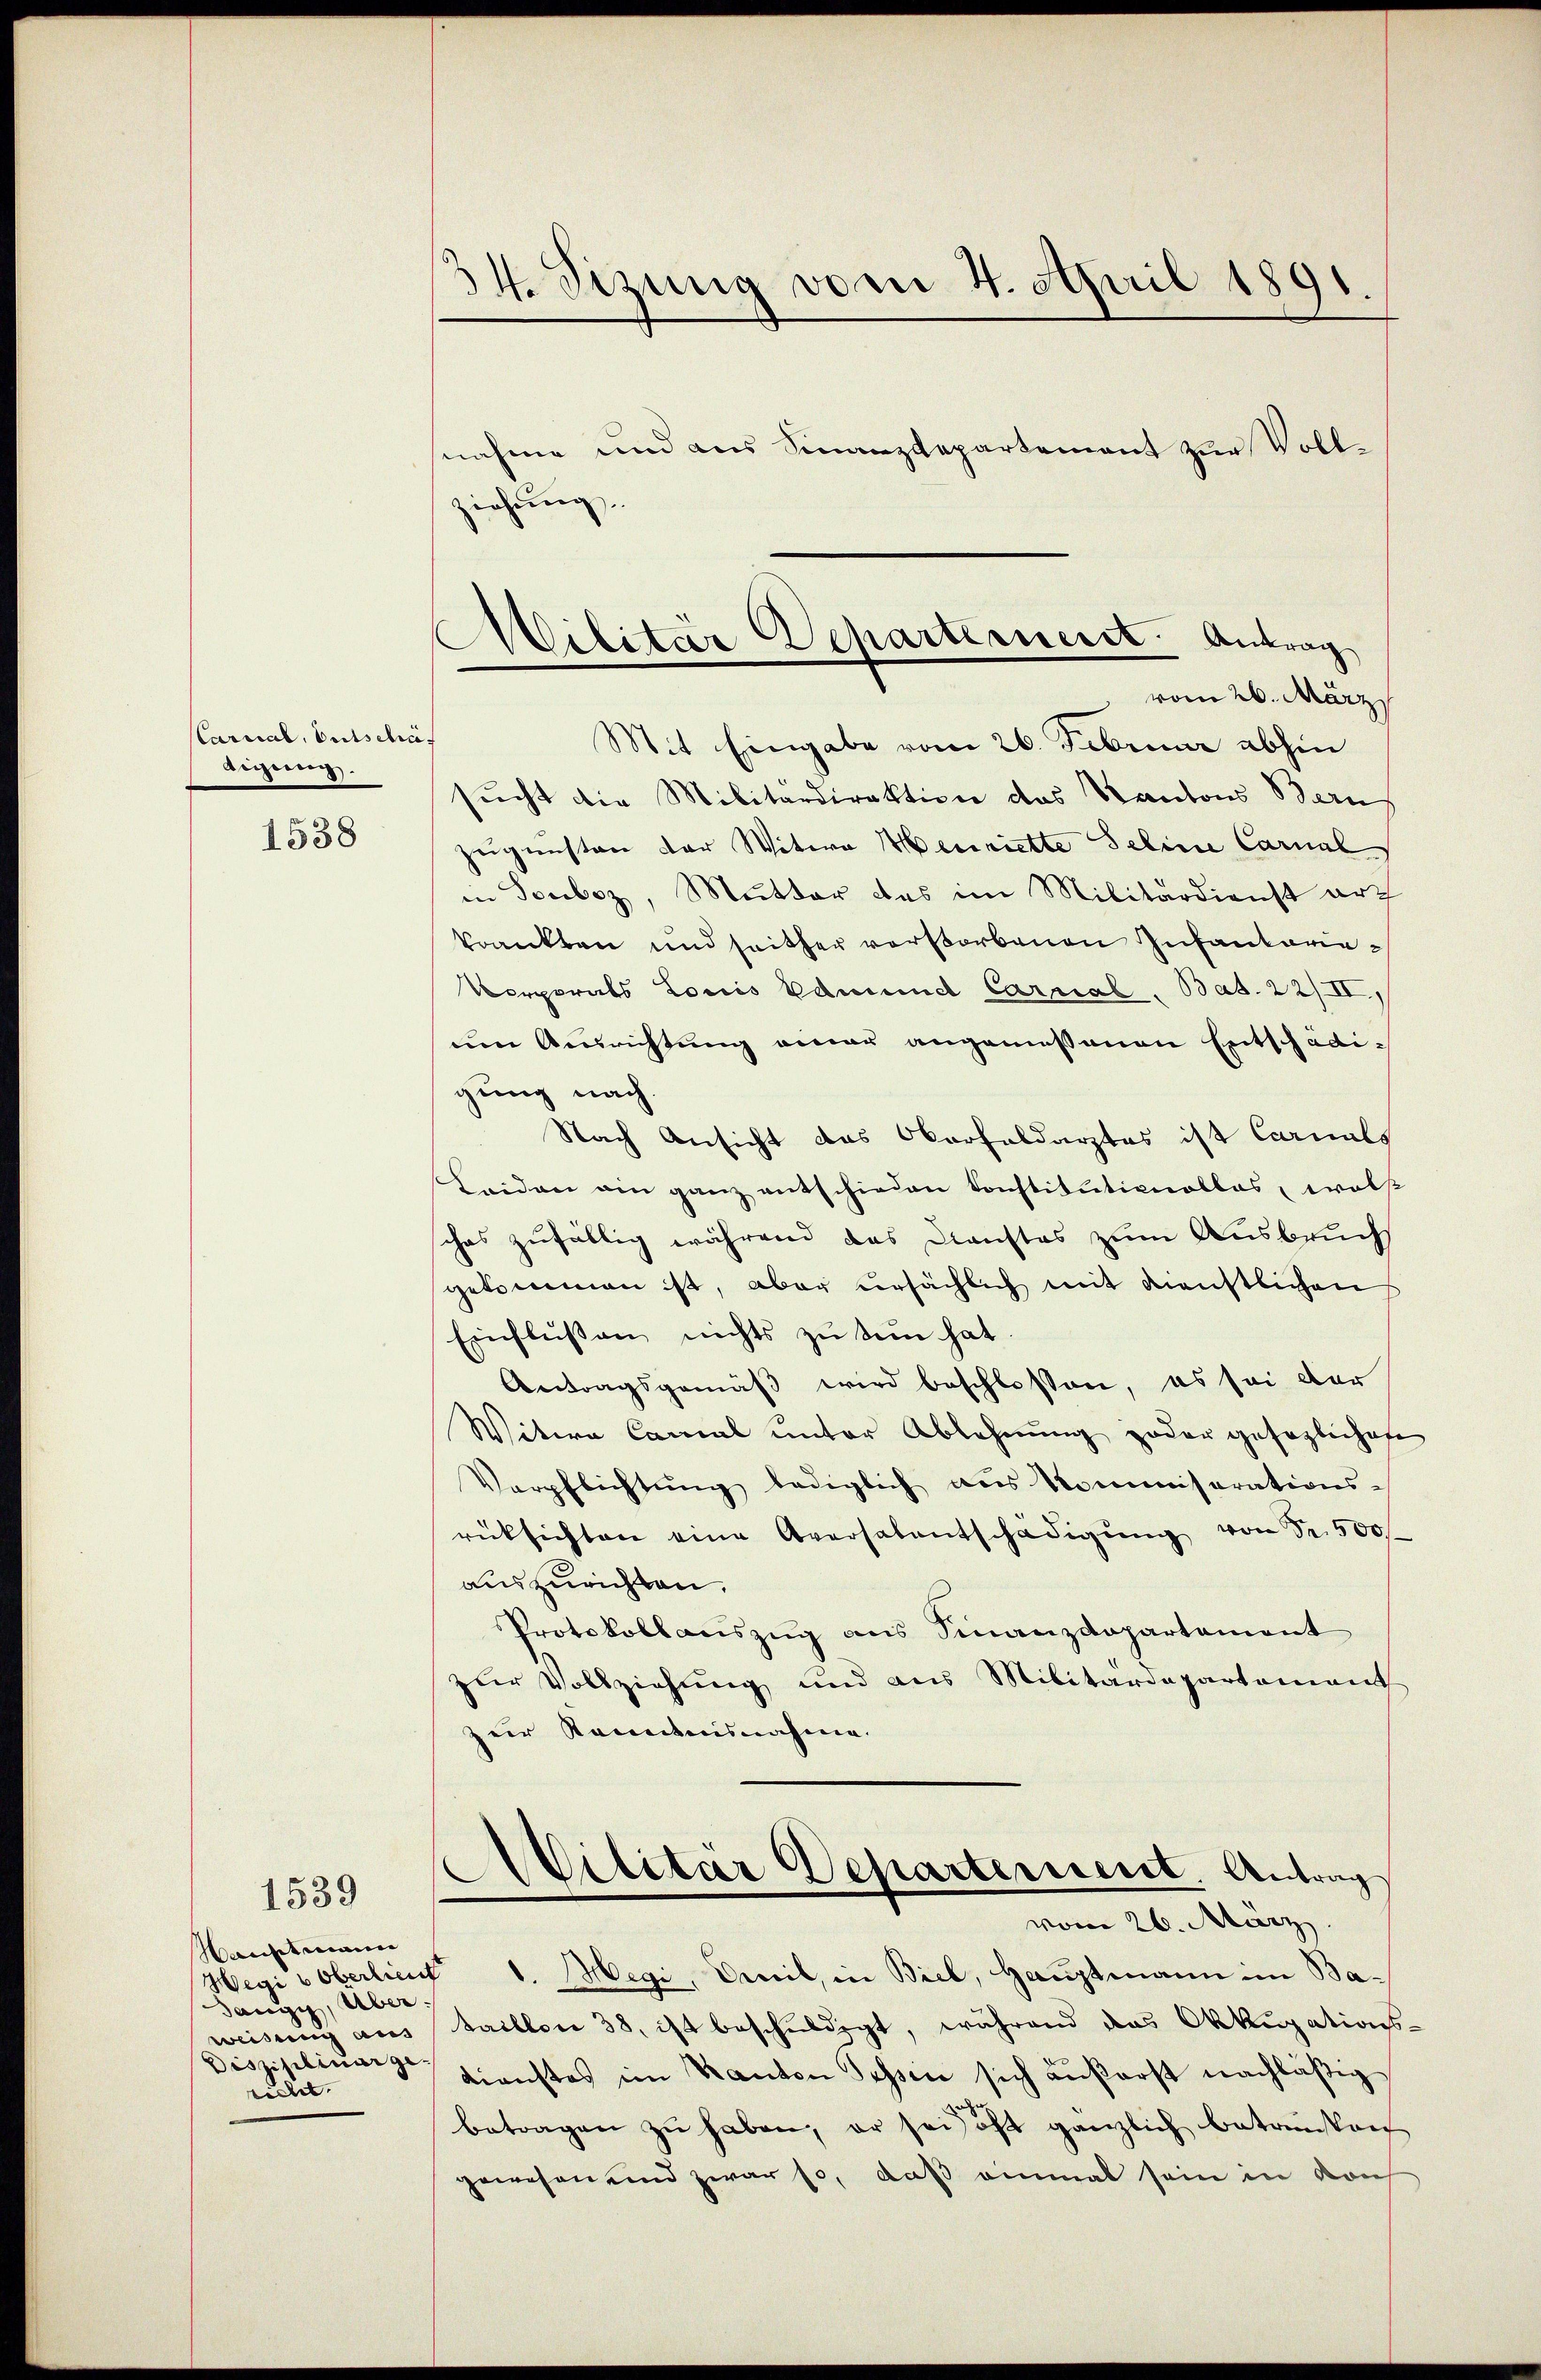
Carrial, Entschäf
tigung.

1538

Hauptmann
Sangy, Überweisung aus
Disziplinarge-
rechet.

1539

34. Sizung vom 4. April 1891
nahme und aus Finanzdepartement zur Vollziehung.

Mit Eingabe vom 26. Februar abhin
sucht die Militärdirektion das Kantons Bern
zugunsten der Witera Henriette Seline Carnal
in Souboz, Mutter das im Militärdienst art
krankten und seither verstorbenen Infanterie¬
Vorporats Louis Edmund Carrial, Bas. 22/II
um Ausrichtung einer angemeßenen Entschädigung nach.
Nach Ansicht das Oberfeldarztes ist Carnals
Leiden ain ganz entschieden konstitutionellos, wols
chas zufällig während das Dienstes zum Ausbruchs
gekommen ist, aber versächlich mit dienstlichen
Einflussen nichts zu sein hat.
Antragsgemäß wird beschlossen, es sei der
Witwe Canal unter Ablehnung jeder gesaglichere
Verpflichtŭng lediglich aŭs Kommisarations-
rücksichten eine Aversalentschädigŭng von Fr. 500f
auszurichten.
Protokollauszug aus Finanzdepartement
der Vollziehung und aus Militärdepartement
zur Kenntnisnahme.
e
Militär Departeriert. Antrag
vom 26. März.
Wegi & Oberlient 1. Magi, Oeveil, in Biel, Hauptmann im Bataillon 38, ist beschuldigt, während das Okkupations-
dienstes im Kanton Tessin sich äußerst nachläßig
betragen zŭ haben, er sei oft gänzlich betreustan
gewesen und zwar so, daß einmal sein in von

Militar Departement. Antrag
vom 26. März